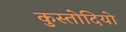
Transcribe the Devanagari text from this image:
कुस्तोदियो